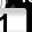
Digit: 1